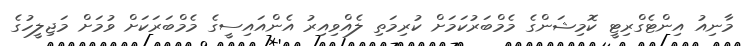
މާނިއު އިންޓެގްރިޓީ ކޮމިޝަންގެ މެމްބަރުކަމަށް ކުރިމަތި ލެއްވިއިރު އެންއައިސީގެ މެމްބަރަކަށް ވުމަށް މަޖިލީހުގެ